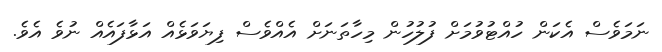
ނަމަވެސް އެކަން ހުއްޓުވުމަށް ފުލުހުން މިހާތަނަށް އެއްވެސް ފިޔަވަޅެއް އަޅާފައެއް ނުވެ އެވެ.